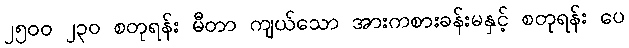
၂၅၀၀ ၂၃၀ စတုရန်း မီတာ ကျယ်သော အားကစားခန်းမနှင့် စတုရန်း ပေ